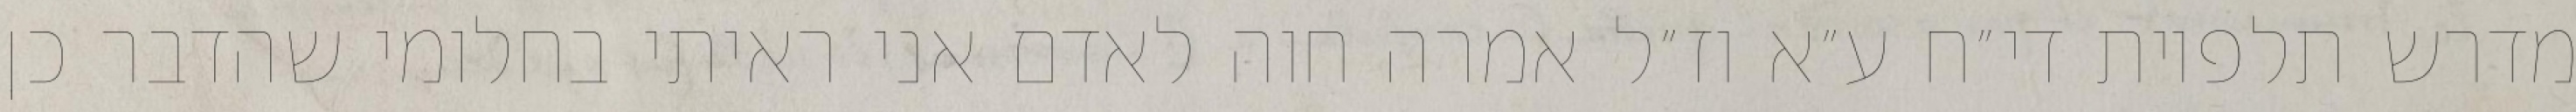
מדרש תלפיות די״ח ע״א וז״ל אמרה חוה לאדם אני ראיתי בחלומי שהדבר כן